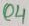
Text: Q4